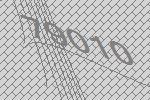
79010